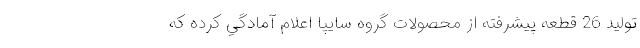
توليد 26 قطعه پيشرفته از محصولات گروه سايپا اعلام آمادگي كرده كه